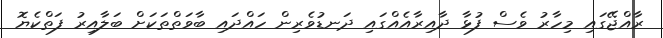
ރާއްޖޭގައި މިހާރު ވެސް ފުޅާ ދާއިރާއެއްގައި ދަނޑުވެރިން ހައްދައި ބާވަތްތަކަށް ބަލާއިރު ފަތްކެޔޮ